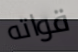
قواته